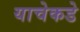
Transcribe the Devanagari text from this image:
याचेकडे